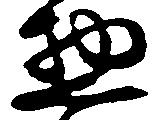
惣